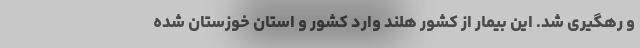
و رهگیری شد. این بیمار از کشور هلند وارد کشور و استان خوزستان شده